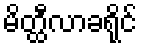
မိတ္ထီလာခရိုင်